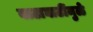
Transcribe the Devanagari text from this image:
वाटाघाटींमुळे